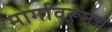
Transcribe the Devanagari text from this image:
मार्गावरूनच